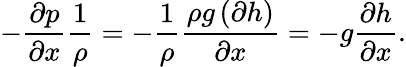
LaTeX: -{\frac{\partial p}{\partial x}}{\frac{1}{\rho}}=-{\frac{1}{\rho}}{\frac{\rho g\left(\partial h\right)}{\partial x}}=-g{\frac{\partial h}{\partial x}}.